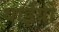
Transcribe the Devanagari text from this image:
थाईयों